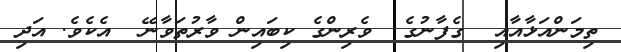
ތިމަންއަޅާއާއި  ގެފާނުގެ  ވެރިންގެ ކިބައިން ވާރުތަވާނޭ  އެކެވެ. އަދި